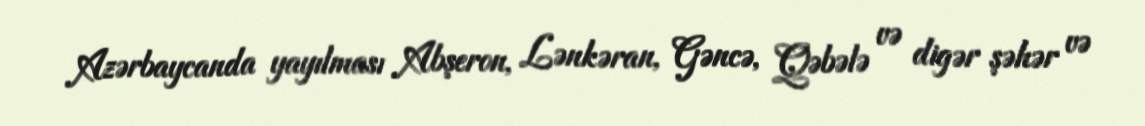
Azərbaycanda yayılması Abşeron, Lənkəran, Gəncə, Qəbələ və digər şəhər və